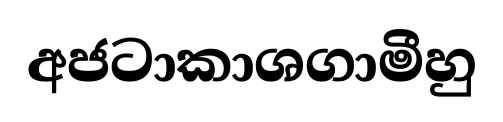
අජටාකාශගාමීහු